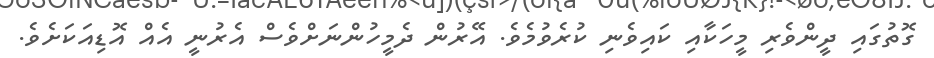
ގޮތުގައި ދީންވެރި މީހަކާއި ކައިވެނި ކުރެވުމެވެ. އޭރުން ދެމީހުންނަށްވެސް އެރުނީ އެއް އޮޑިއަކަށެވެ.